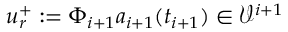
\boldsymbol { u } _ { r } ^ { + } : = \Phi _ { i + 1 } \boldsymbol { a } _ { i + 1 } ( t _ { i + 1 } ) \in \mathcal { V } ^ { i + 1 }